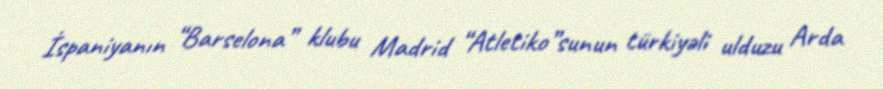
İspaniyanın “Barselona” klubu Madrid “Atletiko”sunun türkiyəli ulduzu Arda